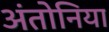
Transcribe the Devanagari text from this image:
अंतोनिया